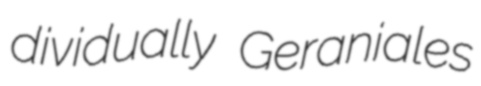
dividually Geraniales